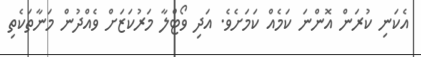
އެކަނި ކުރަން އޮންނަ ކަމެއް ކަމަށެވެ. އަދި ވޯޓްލާ މަރުކަޒަށް ވެއްދުން މަނާތަކެތި